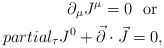
\begin{align*}\partial_\mu J^\mu=0\ \ {\rm or}\ \\partial_\tau J^0+\vec{\partial}\cdot\vec{J}=0,\end{align*}